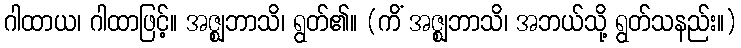
ဂါထာယ၊ ဂါထာဖြင့်။ အဇ္ဈဘာသိ၊ ရွတ်၏။ (ကိံ အဇ္ဈဘာသိ၊ အဘယ်သို့ ရွတ်သနည်း။)